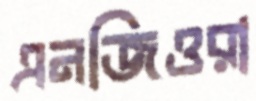
এনজিওরা